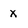
Character: x